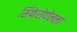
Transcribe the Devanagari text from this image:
सिंफेरोपोलला